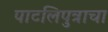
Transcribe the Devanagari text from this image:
पाटलिपुत्राचा